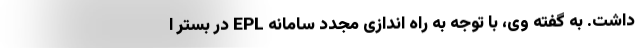
داشت. به گفته وی، با توجه به راه اندازی مجدد سامانه EPL در بستر ا